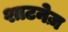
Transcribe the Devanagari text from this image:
शाटनेज़